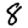
Digit: 8